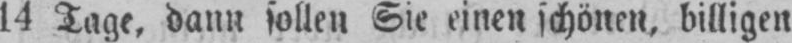
14 Tage, dann sollen Sie einen schonen, billigen